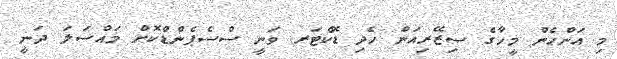
މި އަންހެން މީހާގެ ސިޒޭރިއަން ހެދި ޑޮކްޓަރ ވަނީ ސްސެޕެންޑްކޮށް މައްސަލަ ދަނީ